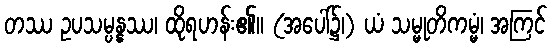
တဿ ဥပသမ္ပန္နဿ၊ ထိုရဟန်း၏။ (အပေါ်၌၊) ယံ သမ္မုတိကမ္မံ၊ အကြင်